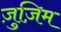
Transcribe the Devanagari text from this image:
ज़ुज़िम